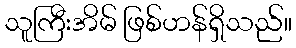
သူကြီးအိမ် ဖြစ်ဟန်ရှိသည်။